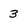
Character: 3